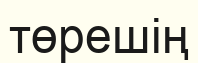
төрешің